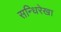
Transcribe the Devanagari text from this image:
सन्धिरेखा